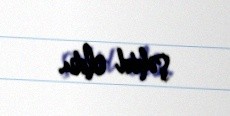
şəhid oldu.